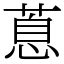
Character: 蒠